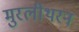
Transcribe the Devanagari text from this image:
मुरलीथरन